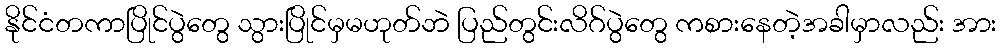
နိုင်ငံတကာပြိုင်ပွဲတွေ သွားပြိုင်မှမဟုတ်ဘဲ ပြည်တွင်းလိဂ်ပွဲတွေ ကစားနေတဲ့အခါမှာလည်း အား